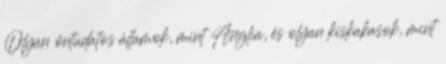
Olyan öntudatos államok, mint Anglia, és olyan kiskakasok, mint